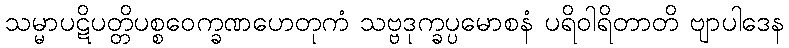
သမ္မာပဋိပတ္တိပစ္စဝေက္ခဏဟေတုကံ သဗ္ဗဒုက္ခပ္ပမောစနံ ပရိဝါရိတာတိ ဗျာပါဒေန